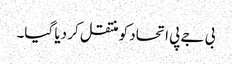
بی جے پی اتحاد کو منتقل کر دیا گیا۔